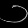
Digit: ၁